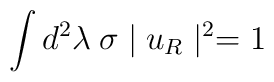
\int d^2\lambda \: \sigma \mid u_R \mid^2 = 1